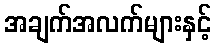
အချက်အလက်များနှင့်